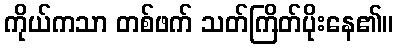
ကိုယ်ကသာ တစ်ဖက် သတ်ကြိတ်ပိုးနေ၏။